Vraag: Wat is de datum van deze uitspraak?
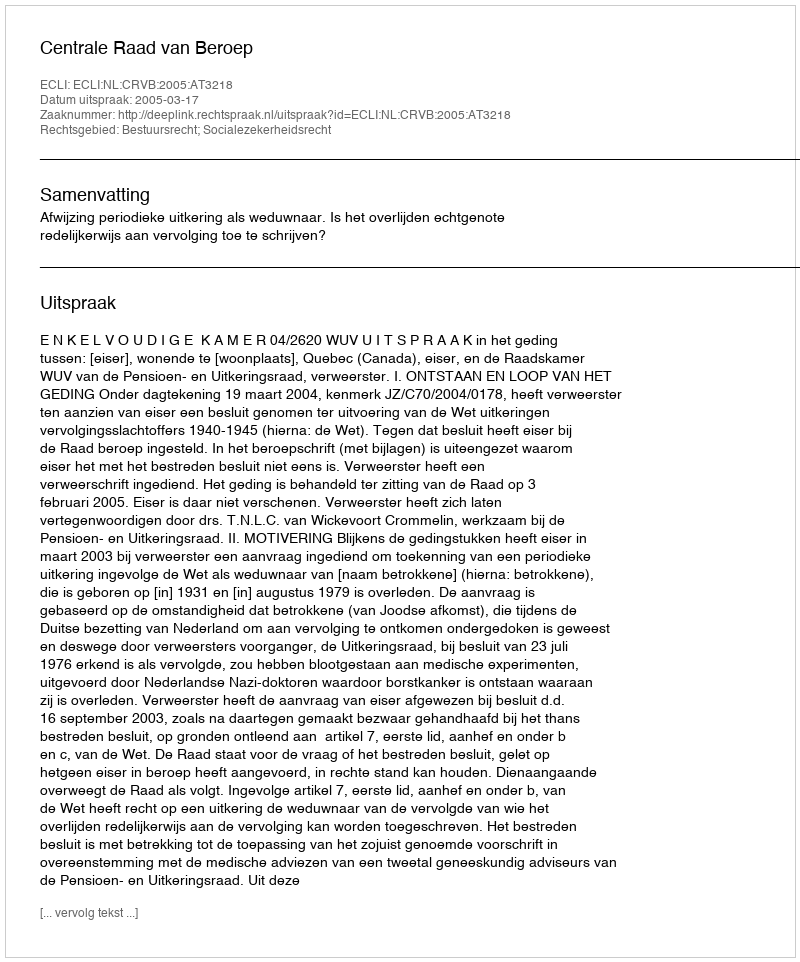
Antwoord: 2005-03-17